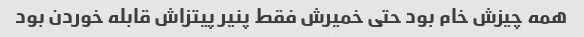
همه چیزش خام بود حتی خمیرش فقط پنیر پیتزاش قابله خوردن بود